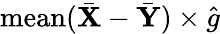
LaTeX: \mathrm{mean}(\bar{\mathbf X}-\bar{\mathbf Y})\times\hat{g}